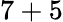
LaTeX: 7+5